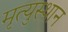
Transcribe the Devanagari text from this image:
मृत्युस्थान